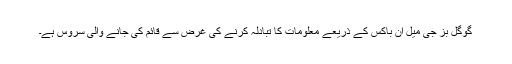
گوگل بز جی میل ان باکس کے ذریعے معلومات کا تبادلہ کرنے کی غرض سے قائم کی جانے والی سروس ہے۔